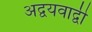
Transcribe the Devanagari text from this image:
अद्वयवाद्वी